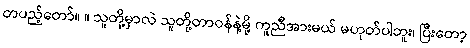
တပည့်တော်။ ။ သူတို့မှာလဲ သူတို့တာဝန်နဲ့မို့ ကူညီအားမယ် မဟုတ်ပါဘူး၊ ပြီးတော့